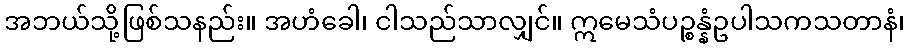
အဘယ်သို့ဖြစ်သနည်း။ အဟံခေါ၊ ငါသည်သာလျှင်။ ဣမေသံပဉ္စန္နံဥပါသကသတာနံ၊